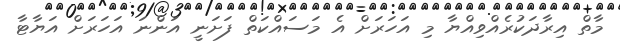
މާތް އިރާދަކުރެއްވިއްޔާ މި އަހަރަށް އެ މަސައްކަތް ފަށަނީ އަންނަ އަހަރަށް އަޔާޓާ